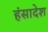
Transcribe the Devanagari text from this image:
हंसादेश